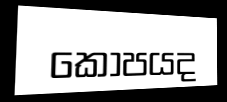
කොපයද